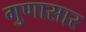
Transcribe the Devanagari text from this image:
गुणासार